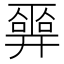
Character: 𢍮